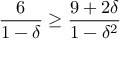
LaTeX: { \frac { 6 } { 1 - \delta } } \geq { \frac { 9 + 2 \delta } { 1 - \delta ^ { 2 } } }